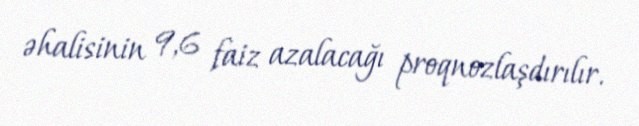
əhalisinin 9,6 faiz azalacağı proqnozlaşdırılır.